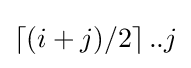
\left\lceil (i+j)/2\right\rceil ..j